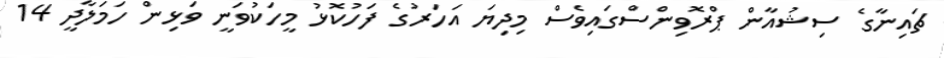
ޗައިނާގެ ސިޝުއާން ޕްރޮވިންސްގައިވެސް މިދިޔަ އަހަރުގެ ފަހުކޮޅު މީހަކުވަނީ ވަޅިން ހަމަލާދީ 14